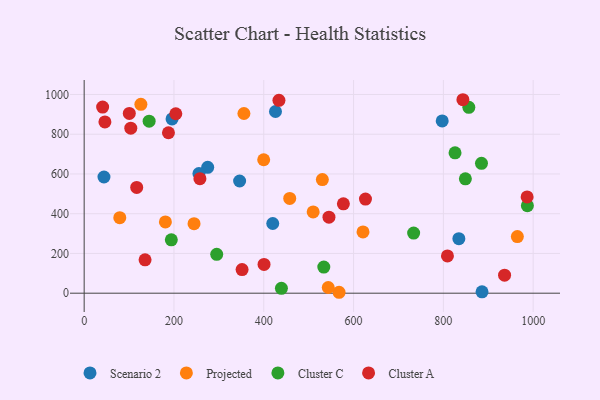
{"axis": {"x": "Ad Spend", "y": "Sales"}, "legend": ["Cluster A", "Cluster C", "Projected", "Scenario 2"], "data": [{"x": "886.1", "y": 6.7, "type": "Scenario 2"}, {"x": "420.0", "y": 350.6, "type": "Scenario 2"}, {"x": "275.1", "y": 633.5, "type": "Scenario 2"}, {"x": "44.1", "y": 584.8, "type": "Scenario 2"}, {"x": "426.1", "y": 914.4, "type": "Scenario 2"}, {"x": "195.7", "y": 877.1, "type": "Scenario 2"}, {"x": "255.6", "y": 602.4, "type": "Scenario 2"}, {"x": "346.2", "y": 564.5, "type": "Scenario 2"}, {"x": "797.4", "y": 867.0, "type": "Scenario 2"}, {"x": "834.5", "y": 274.2, "type": "Scenario 2"}, {"x": "180.9", "y": 358.7, "type": "Projected"}, {"x": "126.3", "y": 950.6, "type": "Projected"}, {"x": "964.8", "y": 285.0, "type": "Projected"}, {"x": "457.8", "y": 476.9, "type": "Projected"}, {"x": "567.7", "y": 4.6, "type": "Projected"}, {"x": "530.5", "y": 571.6, "type": "Projected"}, {"x": "510.0", "y": 409.2, "type": "Projected"}, {"x": "399.8", "y": 671.5, "type": "Projected"}, {"x": "79.3", "y": 380.0, "type": "Projected"}, {"x": "543.6", "y": 28.6, "type": "Projected"}, {"x": "355.8", "y": 904.4, "type": "Projected"}, {"x": "621.0", "y": 308.5, "type": "Projected"}, {"x": "244.7", "y": 349.8, "type": "Projected"}, {"x": "884.9", "y": 653.4, "type": "Cluster C"}, {"x": "826.0", "y": 706.2, "type": "Cluster C"}, {"x": "533.7", "y": 131.5, "type": "Cluster C"}, {"x": "849.0", "y": 575.4, "type": "Cluster C"}, {"x": "144.7", "y": 865.9, "type": "Cluster C"}, {"x": "733.8", "y": 302.4, "type": "Cluster C"}, {"x": "856.7", "y": 935.5, "type": "Cluster C"}, {"x": "987.1", "y": 440.4, "type": "Cluster C"}, {"x": "194.1", "y": 268.5, "type": "Cluster C"}, {"x": "439.3", "y": 24.4, "type": "Cluster C"}, {"x": "295.2", "y": 195.7, "type": "Cluster C"}, {"x": "986.5", "y": 484.3, "type": "Cluster A"}, {"x": "257.8", "y": 576.3, "type": "Cluster A"}, {"x": "433.8", "y": 970.6, "type": "Cluster A"}, {"x": "936.3", "y": 90.6, "type": "Cluster A"}, {"x": "187.7", "y": 807.3, "type": "Cluster A"}, {"x": "351.7", "y": 118.8, "type": "Cluster A"}, {"x": "41.1", "y": 936.5, "type": "Cluster A"}, {"x": "100.5", "y": 904.7, "type": "Cluster A"}, {"x": "204.1", "y": 902.9, "type": "Cluster A"}, {"x": "135.6", "y": 167.9, "type": "Cluster A"}, {"x": "117.0", "y": 532.1, "type": "Cluster A"}, {"x": "545.2", "y": 382.5, "type": "Cluster A"}, {"x": "46.2", "y": 861.9, "type": "Cluster A"}, {"x": "843.5", "y": 973.6, "type": "Cluster A"}, {"x": "400.6", "y": 145.0, "type": "Cluster A"}, {"x": "577.3", "y": 449.7, "type": "Cluster A"}, {"x": "809.1", "y": 187.3, "type": "Cluster A"}, {"x": "626.5", "y": 473.6, "type": "Cluster A"}, {"x": "103.8", "y": 830.4, "type": "Cluster A"}]}